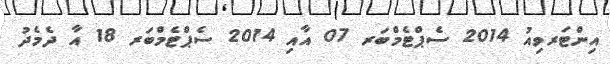
އިންޓަރވިއު 2014 ސެޕްޓެމްބަރ 07 އާއި 2014 ސެޕްޓެމްބަރ 18 އާ ދެމެދު